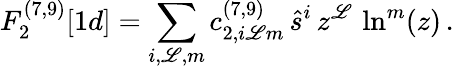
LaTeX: F_{2}^{(7,9)}[1d]=\sum_{i,\mathscr{L},m}c_{2,i\mathscr{L}m}^{(7,9)}\, \hat{{s}}^{i}\, z^{\mathscr{L}}\, \ln^{m}(z)\, .